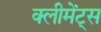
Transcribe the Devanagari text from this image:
क्लीमेंट्स